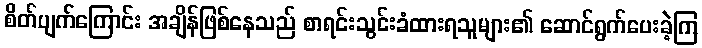
စိတ်ပျက်ကြောင်း အချိန်ဖြစ်နေသည် စာရင်းသွင်းခံထားရသူများ၏ ဆောင်ရွက်ပေးခဲ့ကြ